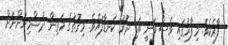
ފާރެކެވެ. މިފާރުގައި ވެސް ވަނީ ބަޑި ދޮރު ކަނޑާފައެވެ. މިގޮތުގެ މަތިން ދުޝްމިނުންނަށް